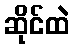
ဆိုင်ထဲ